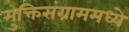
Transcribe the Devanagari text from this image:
मुक्तिसंग्राममध्ये